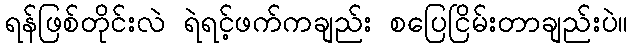
ရန်ဖြစ်တိုင်းလဲ ရဲရင့်ဖက်ကချည်း စပြေငြိမ်းတာချည်းပဲ။